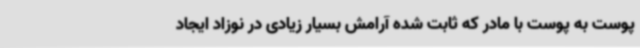
پوست به پوست با مادر که ثابت شده آرامش بسیار زیادی در نوزاد ایجاد